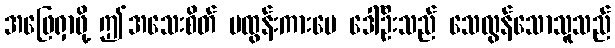
အဖြေရှာဖို့ ဤအသေးစိတ် မထွန်းကားပေ ဒေါ်ဦးသည် သေလွန်သောသူသည်